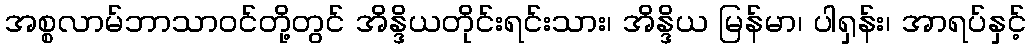
အစ္စလာမ်ဘာသာဝင်တို့တွင် အိန္ဒိယတိုင်းရင်းသား၊ အိန္ဒိယ မြန်မာ၊ ပါရှန်း၊ အာရပ်နှင့်